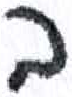
אות: ב